Indian journal of veterinary science and animal husbandry - Volume 8,
Year: 1938
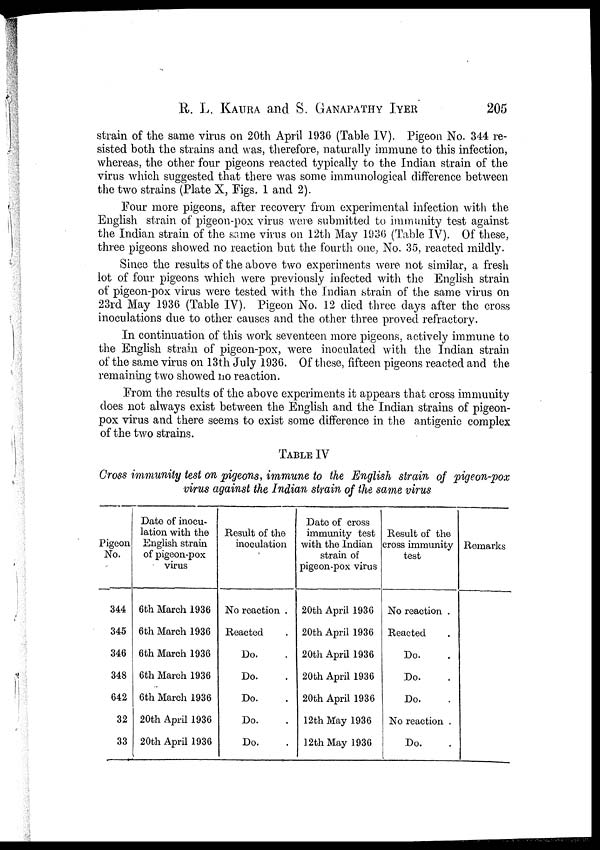
R. L. KAURA and S. GANAPATHY IYER 205
strain of the same virus on 20th April 1936 (Table IV). Pigeon No. 344 re-
sisted both the strains and was, therefore, naturally immune to this infection,
whereas, the other four pigeons reacted typically to the Indian strain of the
virus which suggested that there was some immunological difference between
the two strains (Plate X, Figs. 1 and 2).
Four more pigeons, after recovery from experimental infection with the
English strain of pigeon-pox virus were submitted to immunity test against
the Indian strain of the same virus on 12th May 1936 (Table IV). Of these,
three pigeons showed no reaction but the fourth one, No. 35, reacted mildly.
Since the results of the above two experiments were not similar, a fresh
lot of four pigeons which were previously infected with the English strain
of pigeon-pox virus were tested with the Indian strain of the same virus on
23rd May 1936 (Table IV). Pigeon No. 12 died three days after the cross
inoculations due to other causes and the other three proved refractory.
In continuation of this work seventeen more pigeons, actively immune to
the English strain of pigeon-pox, were inoculated with the Indian strain
of the same virus on 13th July 1936. Of these, fifteen pigeons reacted and the
remaining two showed no reaction.
From the results of the above experiments it appears that cross immunity
does not always exist between the English and the Indian strains of pigeon-
pox virus and there seems to exist some difference in the antigenic complex
of the two strains.
TABLE IV
Cross immunity test on pigeons, immune to the English strain of pigeon-pox
virus against the Indian strain of the same virus
Pigeon
No.
344
345
346
348
642
32
33
Date of inocu-
lation with the
English strain
of pigeon-pox
virus
6th March 1936
6th March 1936
6th March 1936
6th March 1936
6th March 1936
20th April 1936
20th April 1936
Result of the
inoculation
No reaction .
Reacted
Do.
Do.
Do.
Do.
Do.
Date of cross
immunity test
with the Indian
strain of
pigeon-pox virus
20th April 1936
20th April 1936
20th April 1936
20th April 1936
20th April 1936
12th May 1936
12th May 1936
Result of the
cross immunity
test
No reaction .
Reacted
Do.
Do.
Do.
No reaction .
Do.
Remarks